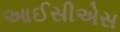
આઈસીએસ